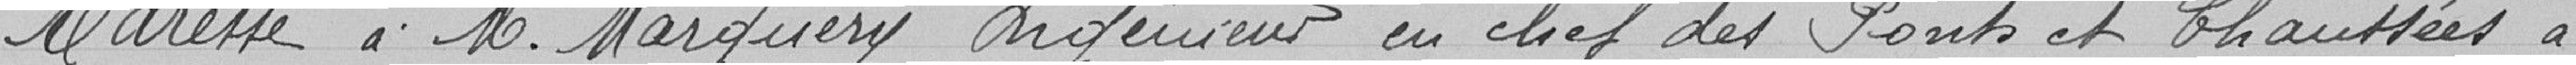
Adresse à M. Marguery Ingénieur en chef des Ponts et Chaussées à